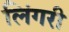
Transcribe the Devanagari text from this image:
लिंगरी